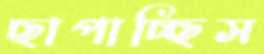
ছাপাচ্ছিস